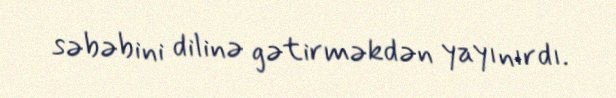
səbəbini dilinə gətirməkdən yayınırdı.